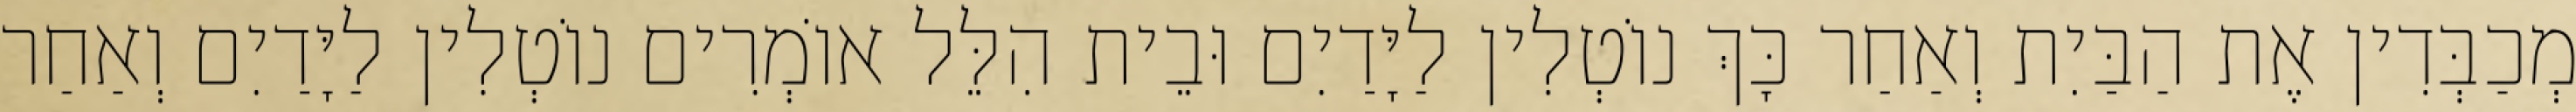
מְכַבְּדִין אֶת הַבַּיִת וְאַחַר כָּךְ נוֹטְלִין לַיָּדַיִם וּבֵית הִלֵּל אוֹמְרִים נוֹטְלִין לַיָּדַיִם וְאַחַר